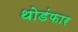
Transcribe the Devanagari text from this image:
थोडंफार